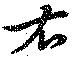
右